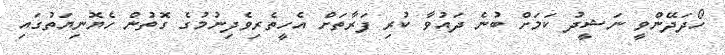
ހޯދަދޭންވީ ނަޝީދު ކަމަށް ބުނެ ދައުވާ ކުރި ފަރާތަށް އެހީތެރިވެދިނުމުގެ ގޮތުން ހެޔޮނިޔަތުގައި